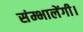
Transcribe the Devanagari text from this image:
संम्भालेंगी।